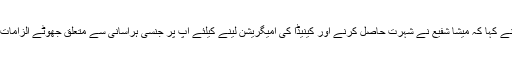
نوٹس کے متن کے مطابق 27 اپریل کو ہم نیوز کے شو میں آپ نے کہا کہ میشا شفیع نے شہرت حاصل کرنے اور کینیڈا کی امیگریشن لینے کیلئے آپ پر جنسی ہراسانی سے متعلق جھوٹے الزامات عائد کیے ، جبکہ میشا شفیع سال 2016 سے کینیڈین شہری ہیں۔